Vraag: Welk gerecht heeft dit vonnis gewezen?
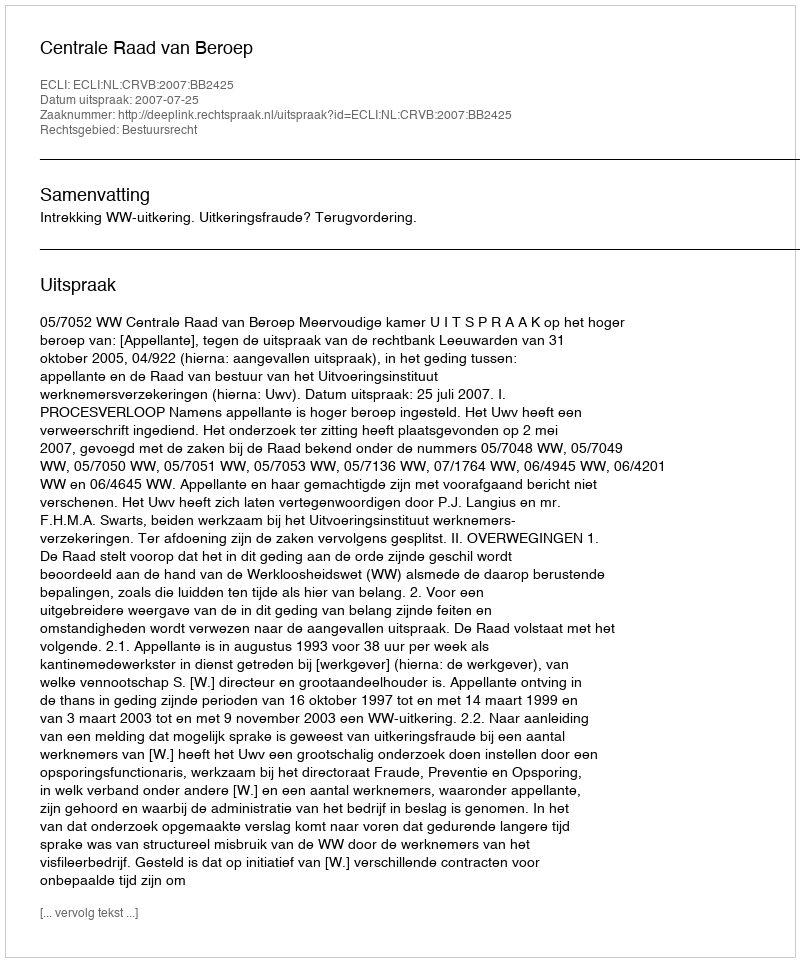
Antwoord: Centrale Raad van Beroep